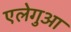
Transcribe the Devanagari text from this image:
एलेगुआ